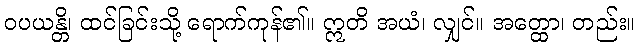
ဝပယန္တိ၊ ထင်ခြင်းသို့ ရောက်ကုန်၏။ ဣတိ အယံ၊ လျှင်။ အတ္ထော၊ တည်း။